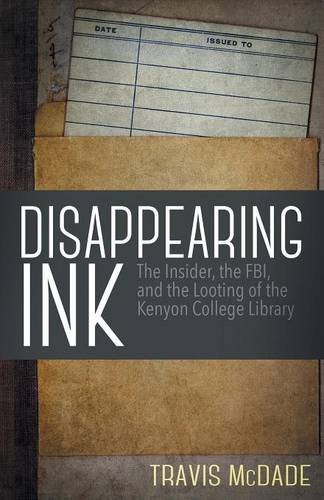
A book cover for Disappearing Ink: The Insider, the FBI, and the Looting of the Kenyon College Library; Travis McDade; Crafts, Hobbies & Home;